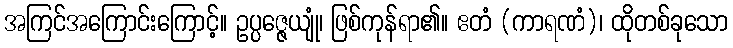
အကြင်အကြောင်းကြောင့်။ ဥပ္ပဇ္ဇေယျုံ၊ ဖြစ်ကုန်ရာ၏။ ဧတံ (ကာရဏံ)၊ ထိုတစ်ခုသော